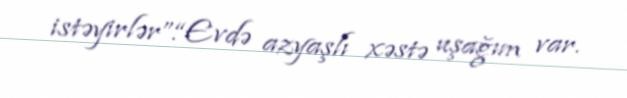
istəyirlər”.“Evdə azyaşlı xəstə uşağım var.